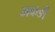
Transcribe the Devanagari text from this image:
मकङी